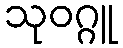
သုဝဂ္ဂူ